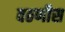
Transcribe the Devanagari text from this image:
वठणीस